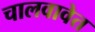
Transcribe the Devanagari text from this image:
चालवावेत